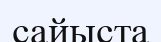
сайыста